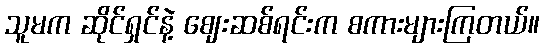
သူမက ဆိုင်ရှင်နဲ့ ဈေးဆစ်ရင်းက စကားများကြတယ်။